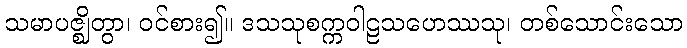
သမာပဇ္ဈိတွာ၊ ဝင်စား၍။ ဒသသုစက္ကဝါဠသဟေဿသု၊ တစ်သောင်းသော